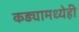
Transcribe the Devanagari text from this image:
कड्यामध्येही